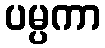
ပမ္ပကာ